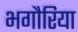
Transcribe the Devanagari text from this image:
भगौरिया